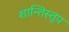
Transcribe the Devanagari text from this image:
शान्तिस्‍तूप